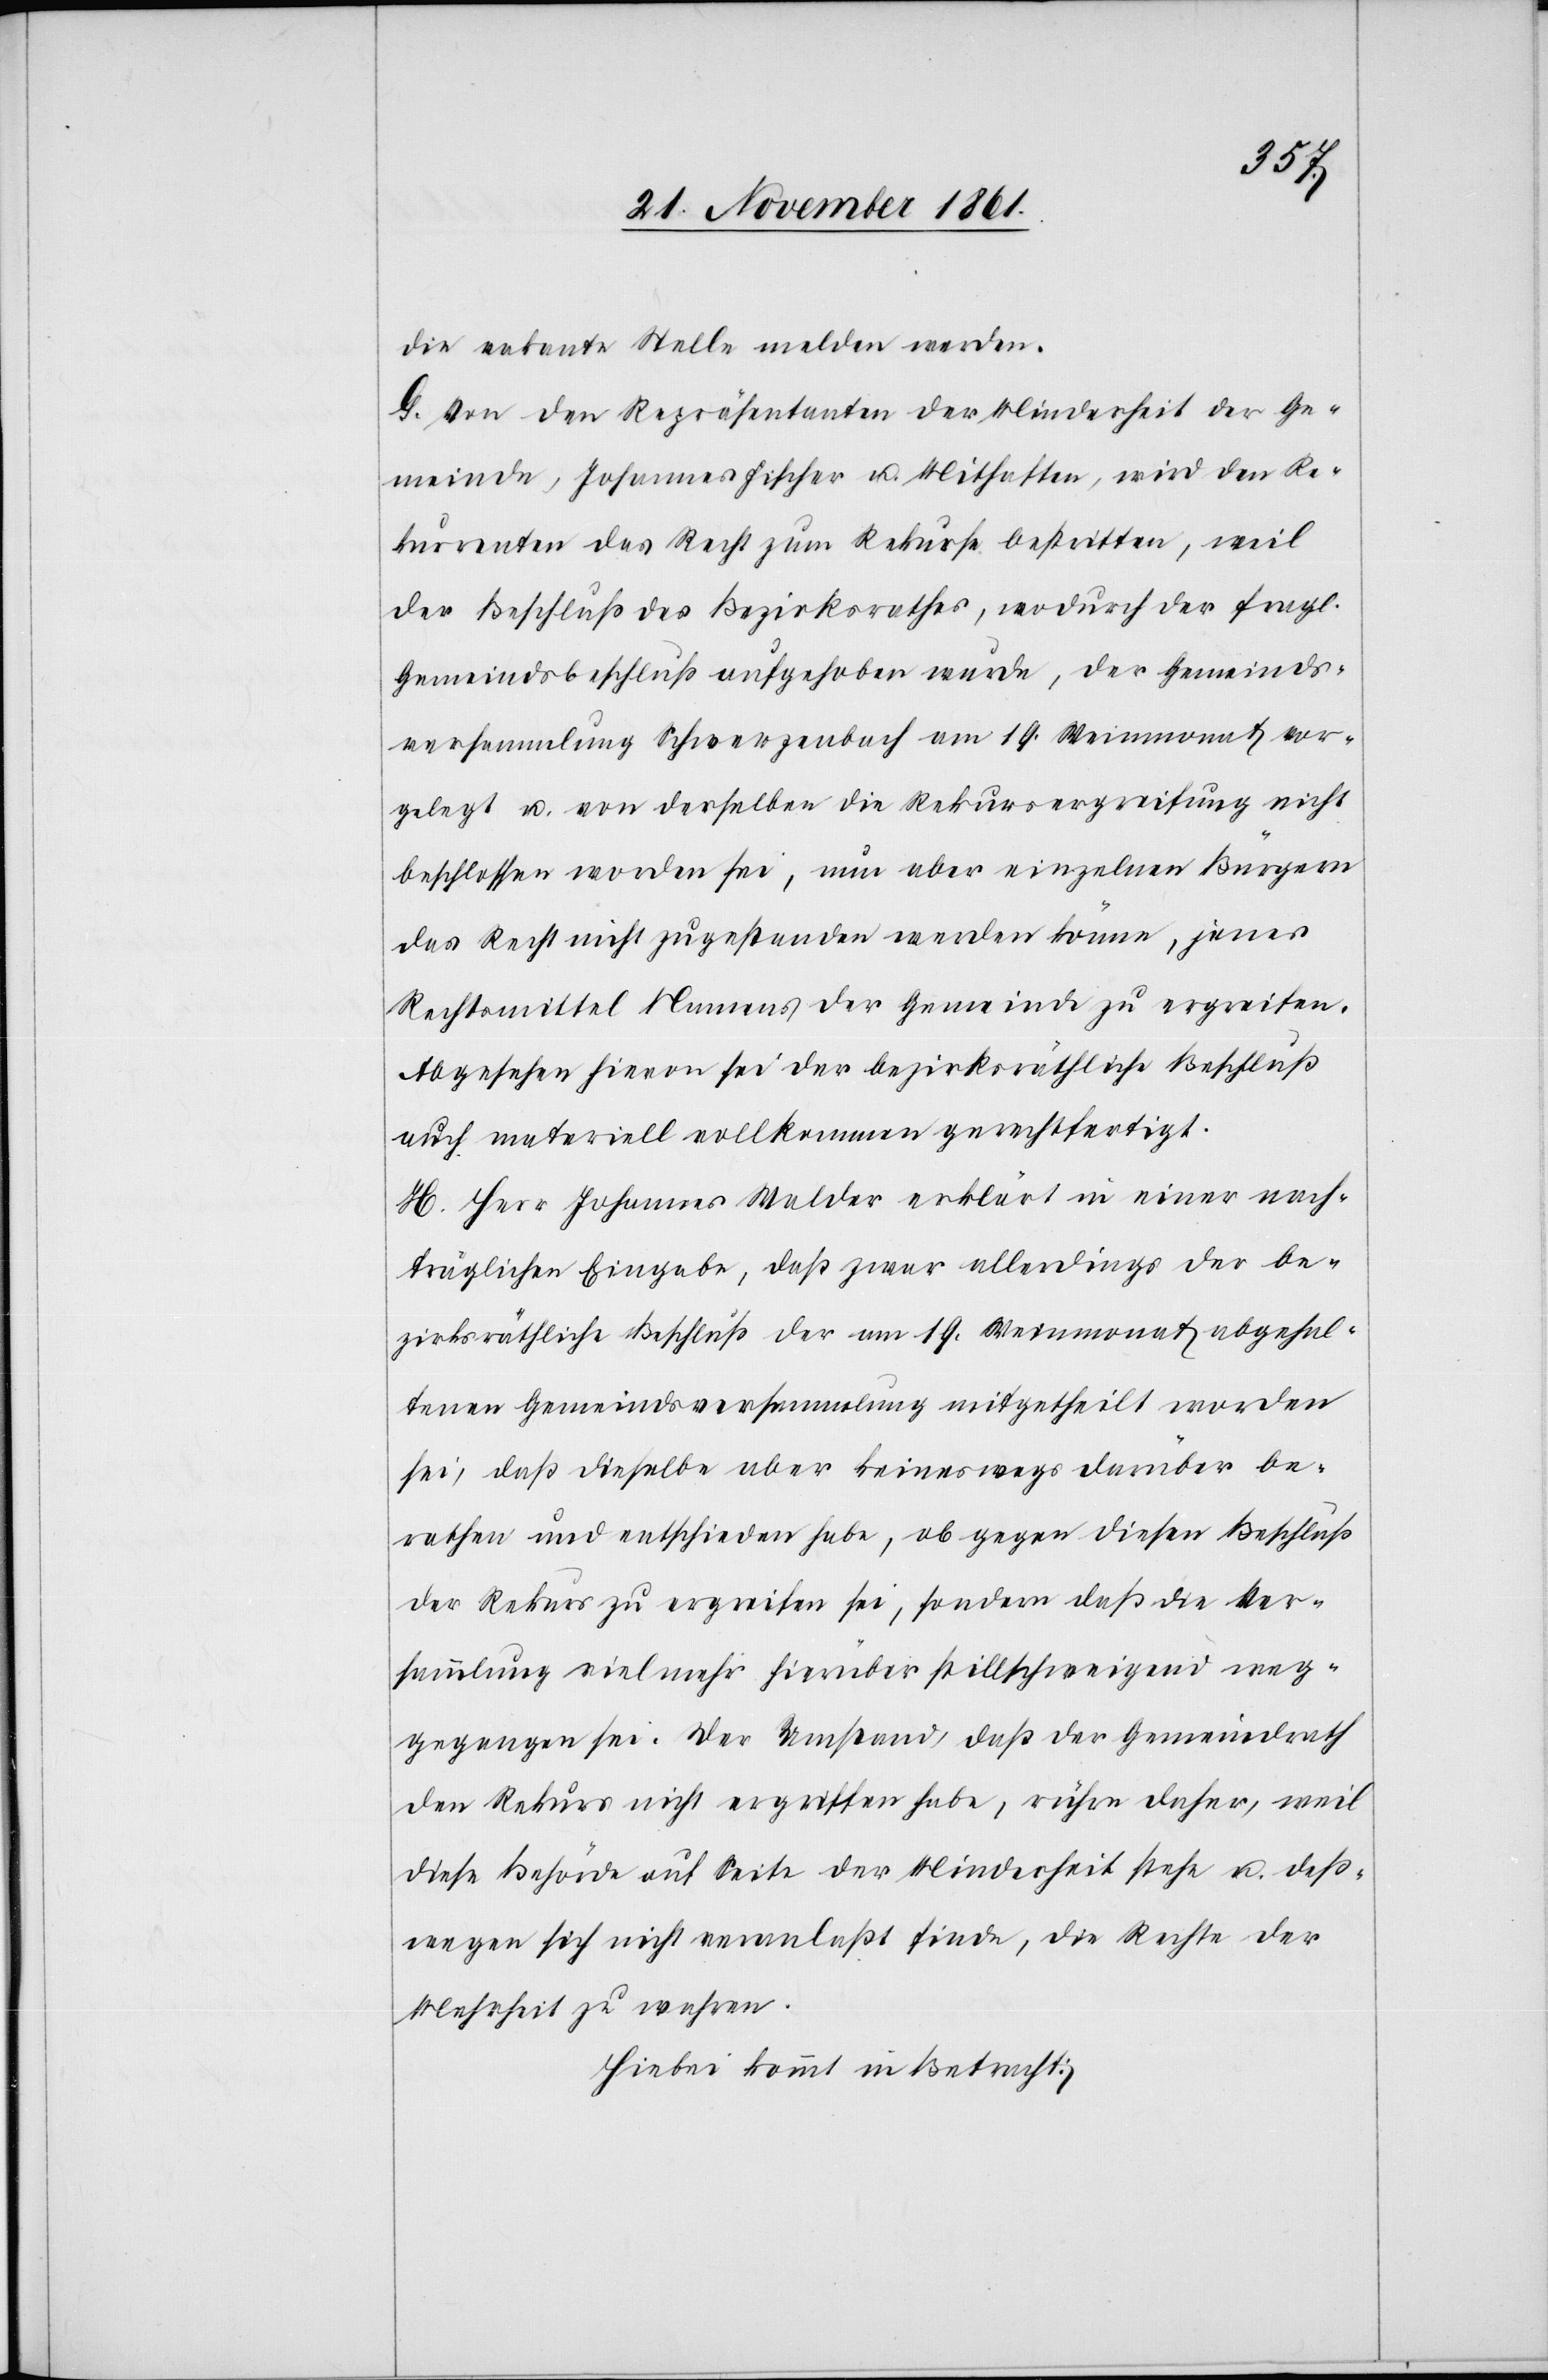
die vakante Stelle melden werden.
G. Von den Repräsentanten der Minderheit der Ge¬
meinde, Johannes Fischer u. Mithaften, wird den Re¬
kurrenten das Recht zum Rekurse bestritten, weil
der Beschluß des Bezirksrathes, wodurch der fragl.
Gemeindsbeschluß aufgehoben wurde, der Gemeinds¬
versammlung Schwerzenbach am 19 Weinmonat vor¬
gelegt u. von derselben die Rekursergreifung nicht
beschlossen worden sei, nun aber einzelnen Bürgern
das Recht nicht zugestanden werden könne, jenes
Rechtsmittel Namens der Gemeinde zu ergreifen.
Abgesehen hievon sei der bezirksräthliche Beschluß
H. Herr Johannes Walder erklärt in einer nach¬
träglichen Eingabe, daß zwar allerdings der be¬
zirksräthliche Beschluß der am 19 Weinmonat abgehal¬
tenen Gemeindsversammlung mitgetheilt worden
sei, daß dieselbe aber keineswegs darüber be¬
rathen und entschieden habe, ob gegen diesen Beschluß
der Rekurs zu ergreifen sei, sondern daß die Ver¬
sammlung viel mehr hierüber stillschweigend weg¬
gegangen sei. Der Umstand, daß der Gemeindrath
den Rekurs nicht ergriffen habe, rühre daher, weil
diese Behörde auf Seite der Minderheit stehe u. deß¬
wegen sich nicht veranlaßt finde, die Rechte der
Mehrheit zu wahren
Hiebei kommt in Betracht: